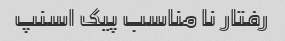
رفتار نا مناسب پیک اسنپ